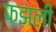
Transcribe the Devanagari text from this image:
फ़झली